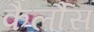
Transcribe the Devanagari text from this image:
कैर्लौस